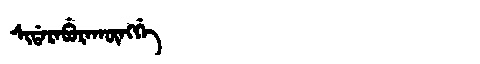
Manchu: ᠰᡳᡩᠠᡵᠠᠪᡠᡵᠠᡴᡡᠩᡤᡝ
Romanization: SIDARABURAKŪNGGE